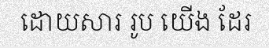
ដោយសារ រូប យើង ដែរ